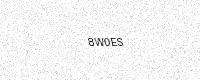
Text: 8W0ES